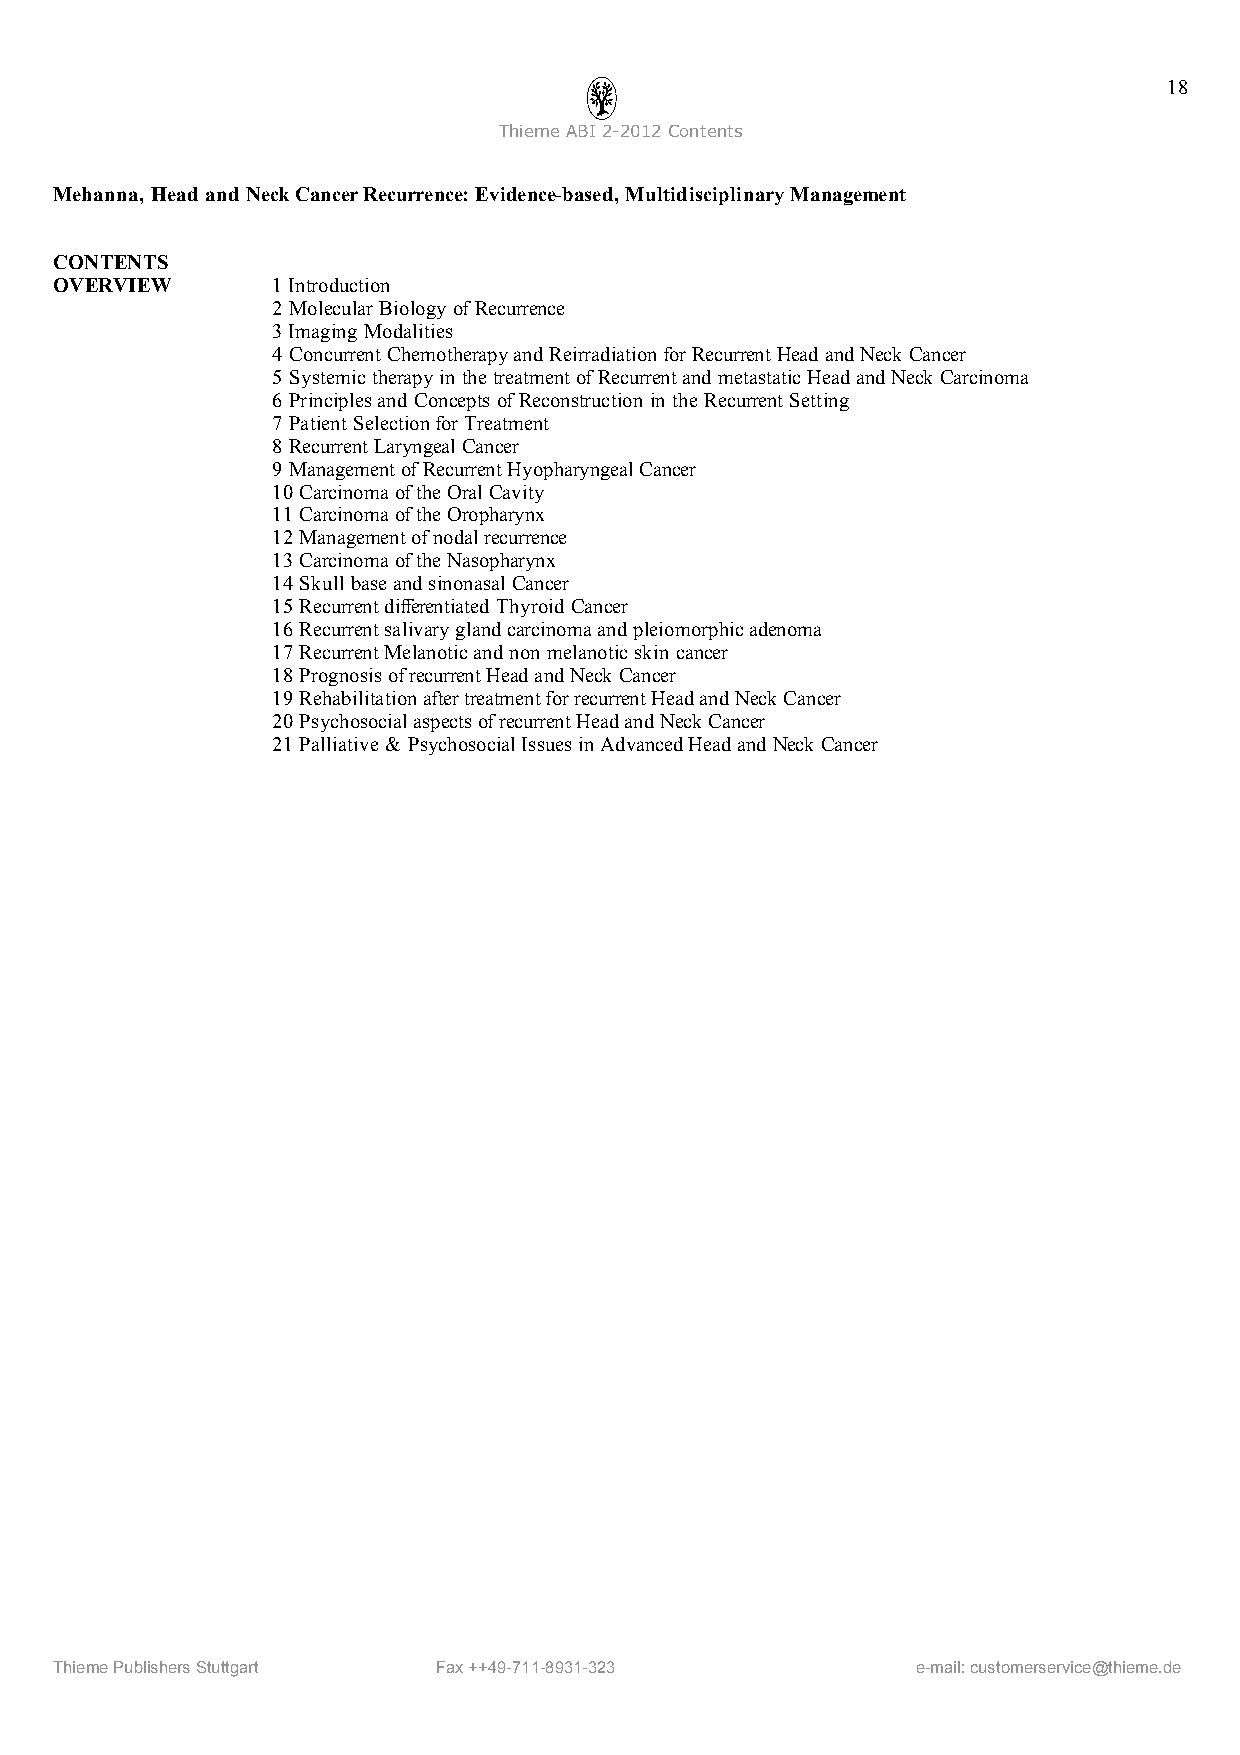
18
 ThiemeABI2-2012Contents
 Mehanna, Head and NeckCancerRecurrence:Evidence-based,MultidisciplinaryManagement
 CONTENTS
 OVERVIEW      1Introduction
 2 MolecularBiology ofRecurrence
 3Imaging Modalities
 4 Concurrent Chemotherapyand ReirradiationforRecurrent HeadandNeck Cancer
 5 Systemictherapyin thetreatmentofRecurrentand metastaticHeadandNeck Carcinoma
 6 Principlesand Concepts ofReconstruction in the Recurrent Setting
 7 Patient SelectionforTreatment
 8 RecurrentLaryngealCancer
 9 ManagementofRecurrentHyopharyngealCancer
 10 CarcinomaoftheOralCavity
 11 CarcinomaoftheOropharynx
 12 Managementofnodalrecurrence
 13 CarcinomaoftheNasopharynx
 14 Skull baseandsinonasal Cancer
 15 Recurrentdifferentiated Thyroid Cancer
 16 Recurrentsalivaryglandcarcinomaandpleiomorphicadenoma
 17 RecurrentMelanoticand non melanoticskincancer
 18 PrognosisofrecurrentHeadandNeck Cancer
 19 RehabilitationaftertreatmentforrecurrentHeadandNeck Cancer
 20 PsychosocialaspectsofrecurrentHeadandNeck Cancer
 21 Palliative& PsychosocialIssuesinAdvancedHeadand Neck Cancer
 ThiemePublishersStuttgart Fax++49-711-8931-323           e-mail:customerservice@thieme.de